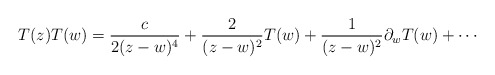
\begin{align*}T(z)T(w)=\frac{c}{2(z-w)^{4}}+\frac{2}{(z-w)^{2}}T(w)+\frac{1}{(z-w)^{2}}\partial_{w}T(w)+\cdots\end{align*}